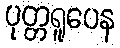
ပုတ္တရူပေန